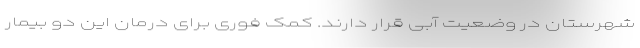
شهرستان در وضعیت آبی قرار دارند. کمک فوری برای درمان این دو بیمار